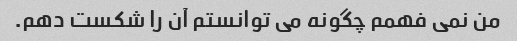
من نمی فهمم چگونه می توانستم آن را شکست دهم.